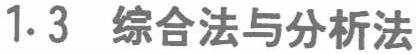
1.3 综合法与分析法